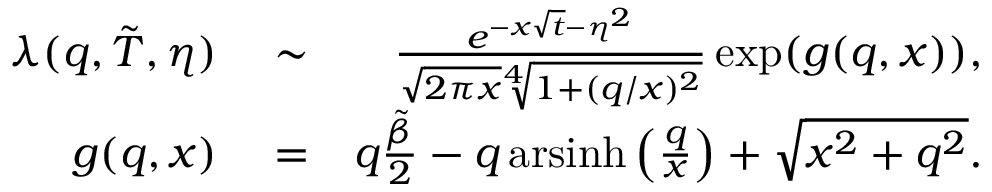
\begin{array} { r l r } { \lambda ( q , \tilde { T } , \eta ) } & { { } \sim } & { \frac { e ^ { - x \sqrt { t } - \eta ^ { 2 } } } { \sqrt { 2 \pi x } \sqrt [ 4 ] { 1 + ( q / x ) ^ { 2 } } } \exp ( g ( q , x ) ) , } \\ { g ( q , x ) } & { { } = } & { q \frac { \tilde { \beta } } { 2 } - q \, \mathrm { a r s i n h } \left( \frac { q } { x } \right) + \sqrt { x ^ { 2 } + q ^ { 2 } } . } \end{array}